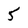
Character: 5